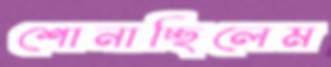
শোনাচ্ছিলেম